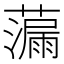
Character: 𫊁